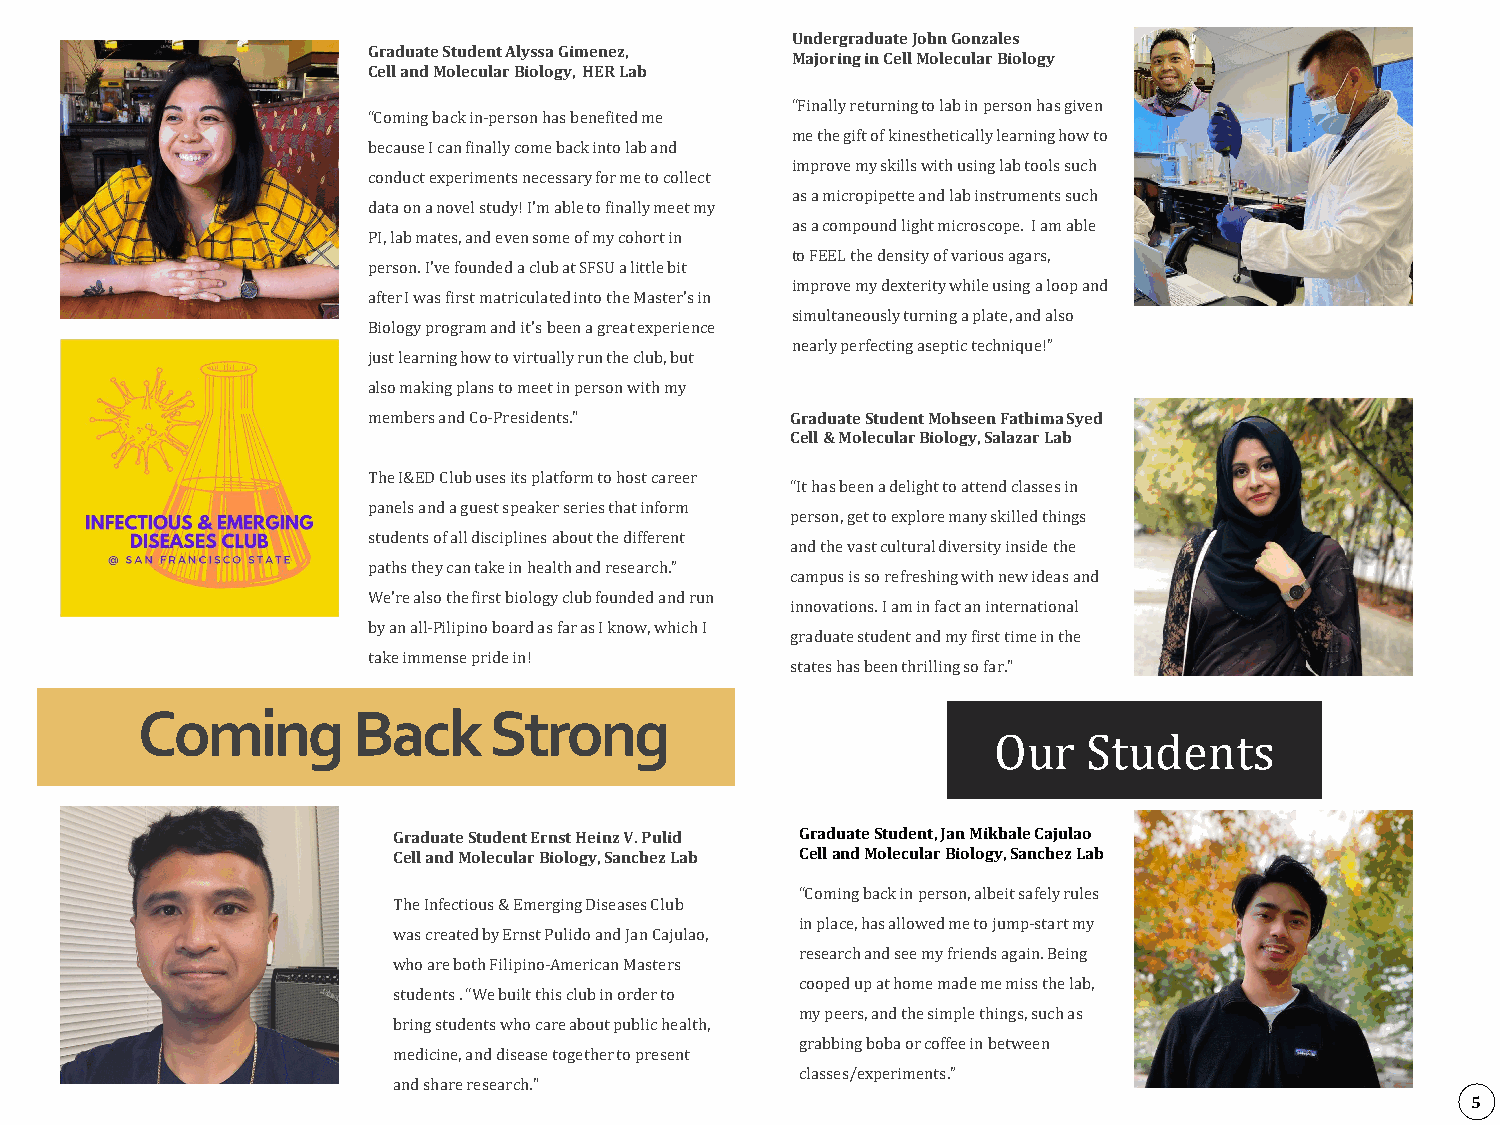
Undergraduate John Gonzales
 Graduate Student Alyssa Gimenez,
 Majoring in Cell Molecular Biology
 Cell and Molecular Biology, HER Lab
 “Finally returning to lab in person has given
 “Coming back in-person has benefited me
 me the gift of kinesthetically learning how to
 because I can finally come back into lab and
 improve my skills with using lab tools such
 conduct experiments necessary for me to collect
 as a micropipette and lab instruments such
 data on a novel study! I'm able to finally meet my
 as a compound light microscope. I am able
 PI, lab mates, and even some of my cohort in
 to FEEL the density of various agars,
 person. I've founded a club at SFSU a little bit
 improve my dexterity while using a loop and
 after I was first matriculated into the Master's in
 simultaneously turning a plate, and also
 Biology program and it's been a great experience
 nearly perfecting aseptic technique!”
 just learning how to virtually run the club, but
 also making plans to meet in person with my Graduate Student Mohseen Fathima Syed
 Cell & Molecular Biology, Salazar Lab
 members and Co-Presidents."
 The I&ED Club uses its platform to host career
 “It has been a delight to attend classes in
 panels and a guest speaker series that inform
 person, get to explore many skilled things
 students of all disciplines about the different
 and the vast cultural diversity inside the
 paths they can take in health and research.”
 campus is so refreshing with new ideas and
 We're also the first biology club founded and run
 innovations. I am in fact an international
 by an all-Pilipino board as far as I know, which I
 graduate student and my first time in the
 take immense pride in!
 states has been thrilling so far."
 Coming        Back     Strong
 Graduate Student Ernst Heinz V. Pulid Graduate Student, Jan Mikhale Cajulao
 Cell and Molecular Biology, Sanchez Lab Cell and Molecular BiologyO, Saunchrez LaSb tudents
 “Coming back in person, albeit safely rules
 The Infectious & Emerging Diseases Club
 in place, has allowed me to jump-start my
 was created by Ernst Pulido and Jan Cajulao,
 research and see my friends again. Being
 who are both Filipino-American Masters
 cooped up at home made me miss the lab,
 students . “We built this club in order to
 my peers, and the simple things, such as
 bring students who care about public health,
 grabbing boba or coffee in between
 medicine, and disease together to present
 5
 classes/experiments.”
 and share research."